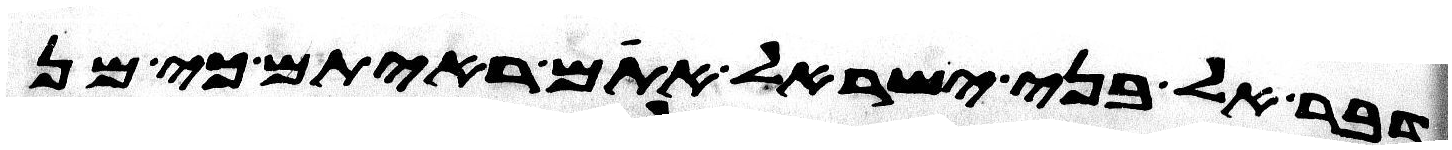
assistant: דבר אל בני ישראל אתם ראיתם כי מן